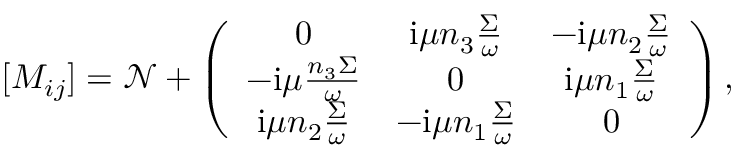
[ M _ { i j } ] = \mathcal { N } + \left( \begin{array} { c c c } { 0 } & { \mathrm { i } \mu n _ { 3 } \frac { \Sigma } { \omega } } & { - \mathrm { i } \mu n _ { 2 } \frac { \Sigma } { \omega } } \\ { - \mathrm { i } \mu \frac { n _ { 3 } \Sigma } { \omega } } & { 0 } & { \mathrm { i } \mu n _ { 1 } \frac { \Sigma } { \omega } } \\ { \mathrm { i } \mu n _ { 2 } \frac { \Sigma } { \omega } } & { - \mathrm { i } \mu n _ { 1 } \frac { \Sigma } { \omega } } & { 0 } \end{array} \right) ,